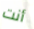
أنت